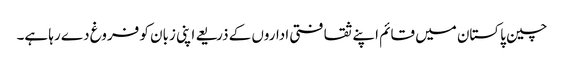
چین پاکستان میں قائم اپنے ثقافتی اداروں کے ذریعے اپنی زبان کو فروغ دے رہا ہے۔